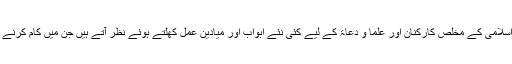
اس کے ساتھ تحریک اسلامی کے مخلص کارکنان اور علما و دعاۃ کے لیے کئی نئے ابواب اور میادین عمل کھلتے ہوئے نظر آتے ہیں جن میں کام کرنے کی اشد ضرورت ہے۔